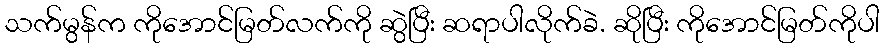
သက်မွန်က ကိုအောင်မြတ်လက်ကို ဆွဲပြီး ဆရာပါလိုက်ခဲ. ဆိုပြီး ကိုအောင်မြတ်ကိုပါ